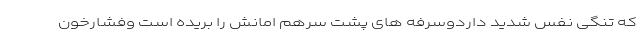
که تنگی نفس شدید داردوسرفه های پشت سرهم امانش را بریده است وفشارخون